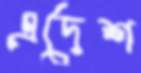
এদেশ